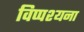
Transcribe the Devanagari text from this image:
विप्पश्यना